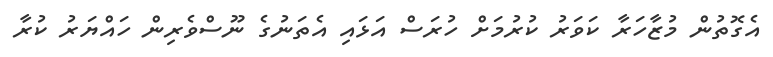
އެގޮތުން މުޒާހަރާ ކަވަރު ކުރުމަށް ހުރަސް އަޅައި އެތަނުގެ ނޫސްވެރިން ހައްޔަރު ކުރާ